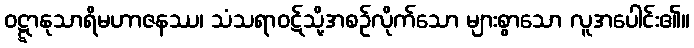
ဝဋ္ဋာနုသာရိမဟာဇနဿ၊ သံသရာဝဋ်သို့အစဉ်လိုက်သော များစွာသော လူအပေါင်း၏။